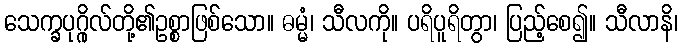
သေက္ခပုဂ္ဂိုလ်တို့၏ဥစ္စာဖြစ်သော။ ဓမ္မံ၊ သီလကို။ ပရိပူရိတွာ၊ ပြည့်စေ၍။ သီလာနိ၊